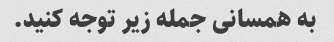
به همسانی جمله زیر توجه کنید.